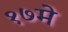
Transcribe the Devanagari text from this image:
१७मे